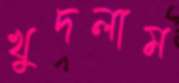
খুদলাম